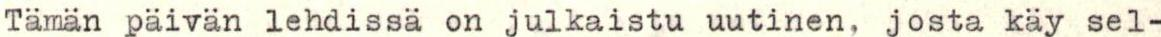
Tämän päivän lehdissä on julkaistu uutinen, josta käy sel-